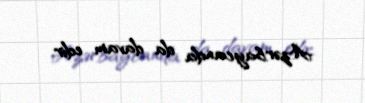
Azərbaycanda da davam edir.